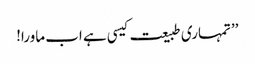
’’تمہاری طبیعت کیسی ہے اب ماورا!